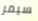
سيمر